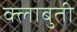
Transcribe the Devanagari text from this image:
क्लाबुती